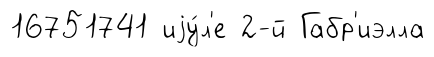
16751741 иjу́л'е 2-й Габр'иэлла